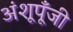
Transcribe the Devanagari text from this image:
अंशूपूँजी